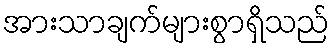
အားသာချက်များစွာရှိသည်